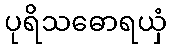
ပုရိသဓောရယှံ